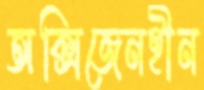
অক্সিজেনহীন